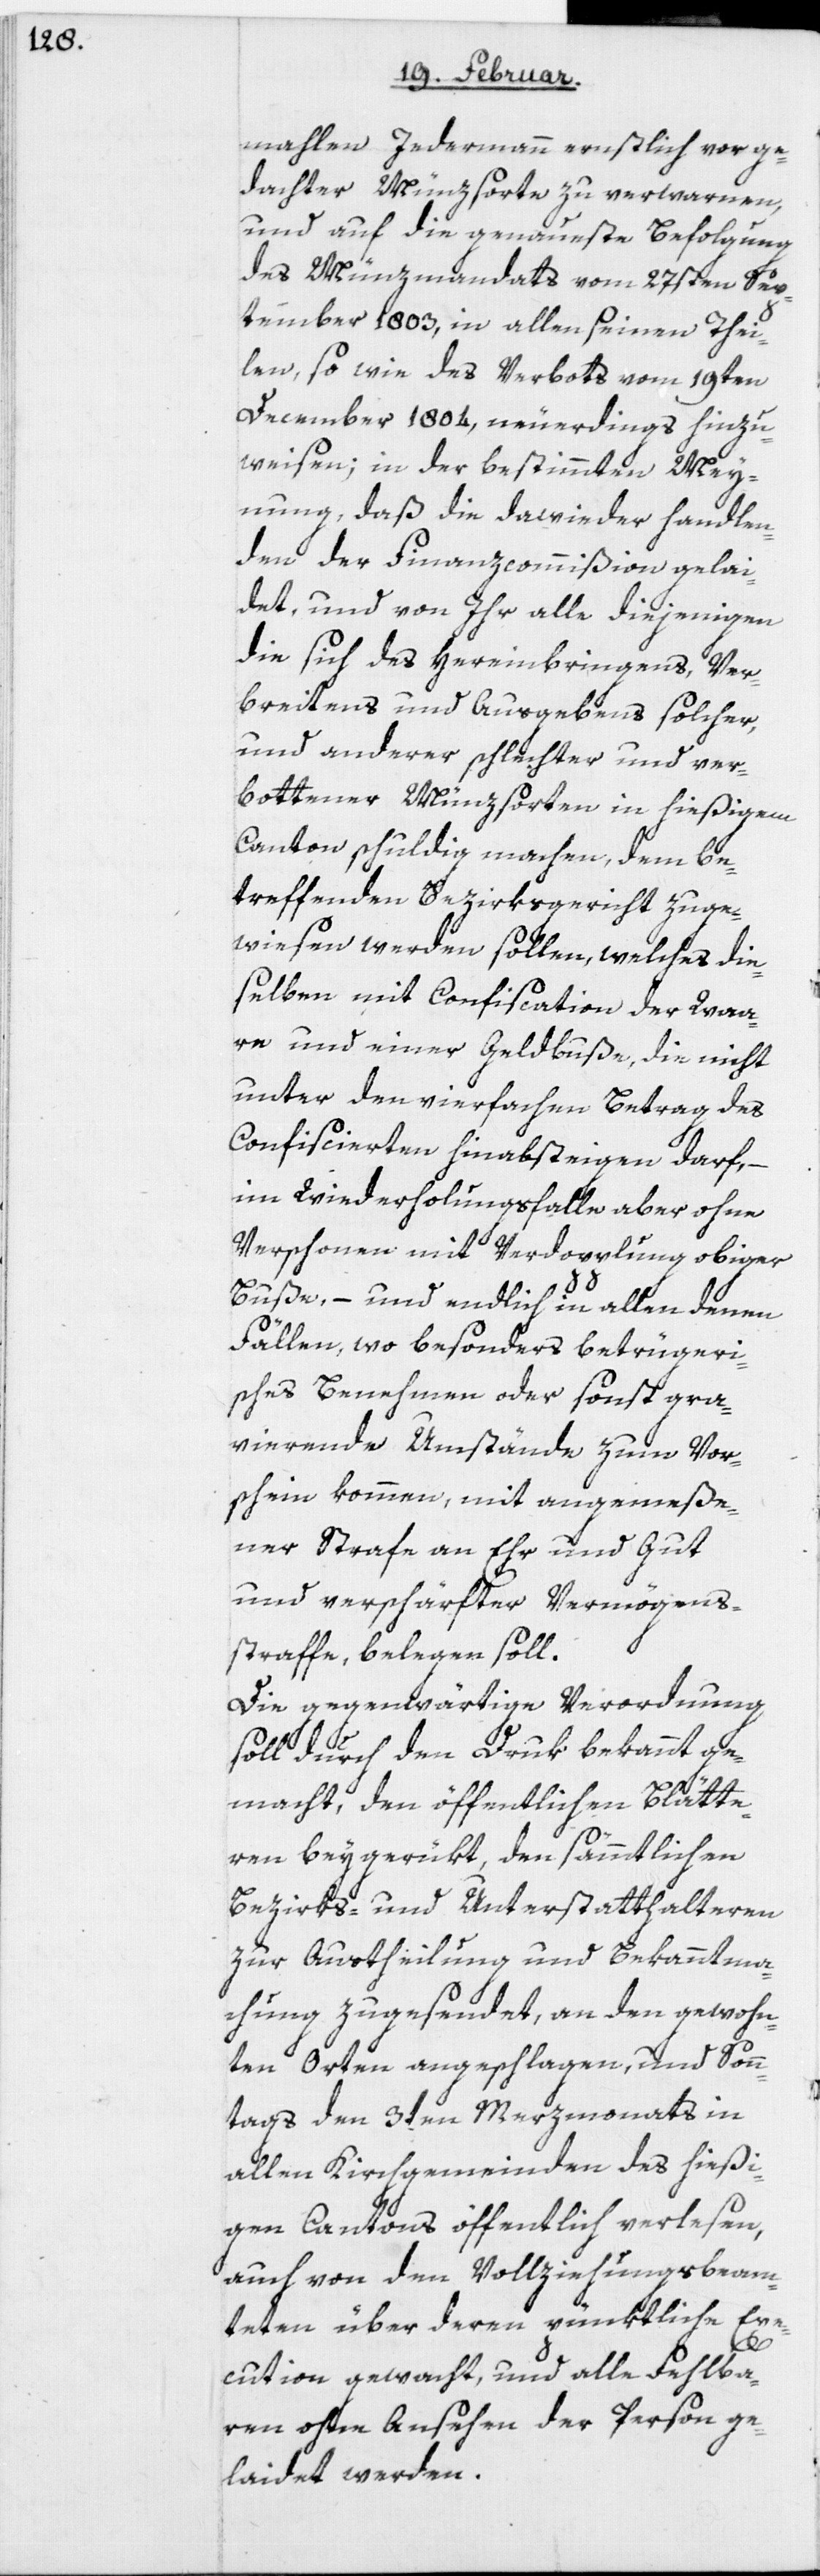
mahlen Jedermann ernstlich vor ge¬
dachter Münzsorte zu verwarnen,
und auf die genaueste Befolgung
des Münzmandats vom 27sten Sep¬
tember 1803, in allen seinen Thei¬
len, so wie des Verbots vom 19ten
December 1804, neuerdings hinzu¬
weisen; in der bestimmten Mey¬
nung, daß die darwieder Handlen¬
den der Finanzcommißion gelai¬
det, und von ihr alle diejenigen,
die sich des Hereinbringens, Ver¬
breitens und Ausgebens solcher
und anderer schlechter und ver¬
botener Münzsorten in hießigem
Canton schuldig machen, dem be¬
treffenden Bezirksgericht zuge¬
wiesen werden sollen, welches die¬
selben mit Confiscation der Waa¬
re und einer Geldbuße, die nicht
unter den vierfachen Betrag des
Confiscierten hinabsteigen darf, –
im Wiederholungsfalle aber ohne
Verschonen mit Verdopplung obiger
Buße, – und endlich in allen denen
Fällen, wo besonders betrügeri¬
sches Benehmen oder sonst gra¬
vierende Umstände zum Vor¬
schein kommen, mit angemeße¬
ner Strafe an Ehr und Gut
und verschärfter Vermögens¬
straffe, belegen soll.
Die gegenwärtige Verordnung
soll durch den Druk bekannt ge¬
macht, den öffentlichen Blätte¬
ren beygerükt, den sämmtlichen
Bezirks- und Unterstatthalteren
zur Austheilung und Bekanntma¬
chung zugesendet, an den gewohn¬
ten Orten angeschlagen, und Sonn¬
tags den 3ten Merzmonats in
allen Kirchgemeinden des hießi¬
gen Cantons öffentlich verlesen,
auch von den Vollziehungsbeam¬
teten über deren pünktliche Exe¬
cution gewacht, und alle Fehlba¬
ren ohne Ansehen der Person ge¬
laidet werden.